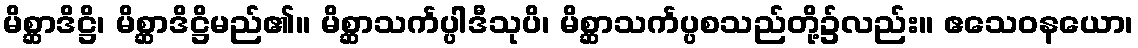
မိစ္ဆာဒိဋ္ဌိ၊ မိစ္ဆာဒိဋ္ဌိမည်၏။ မိစ္ဆာသင်္ကပ္ပါဒီသုပိ၊ မိစ္ဆာသင်္ကပ္ပစသည်တို့၌လည်း။ ဧသေဝနယော၊